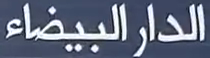
الدارالبيضاء